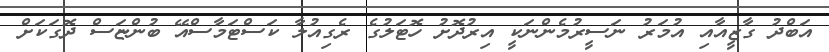
އަބްދު ގާޒީއާއި އުމަރު ނަސީރުމެންނަކީ އިރުދޮށު ހޮޓަލުގެ ރެގިއުލާ ކަސްޓަމާސްއޭ ބުންޏަސް ދޮގަކަށް